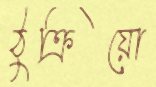
ঠুক্‌রিয়ো